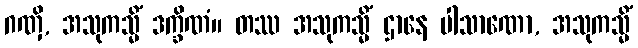
ဂဏှိ, အသုကသ္မိံ ဒက္ခိဏံ။ တဿ အသုကသ္မိံ ဌာနေ ပါသာဏော, အသုကသ္မိံ